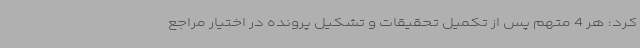
کرد: هر 4 متهم پس از تکمیل تحقیقات و تشکیل پرونده در اختیار مراجع